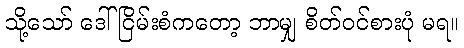
သို့သော် ဒေါ်ငြိမ်းစံကတော့ ဘာမျှ စိတ်ဝင်စားပုံ မရ။